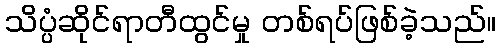
သိပ္ပံဆိုင်ရာတီထွင်မှု တစ်ရပ်ဖြစ်ခဲ့သည်။